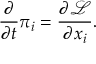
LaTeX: { \frac { \partial } { \partial t } } \pi _ { i } = { \frac { \partial { \mathcal { L } } } { \partial x _ { i } } } .